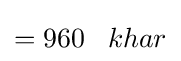
=960\;\;\;khar